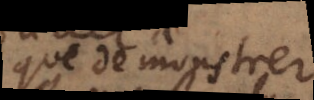
que de monstrer